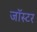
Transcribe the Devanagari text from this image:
जॉस्टर